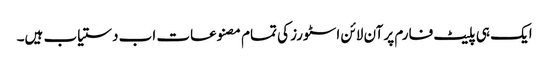
ایک ہی پلیٹ فارم پر آن لائن اسٹورز کی تمام مصنوعات اب دستیاب ہیں۔